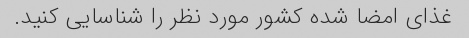
غذای امضا شده کشور مورد نظر را شناسایی کنید.